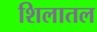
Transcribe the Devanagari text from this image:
शिलातल